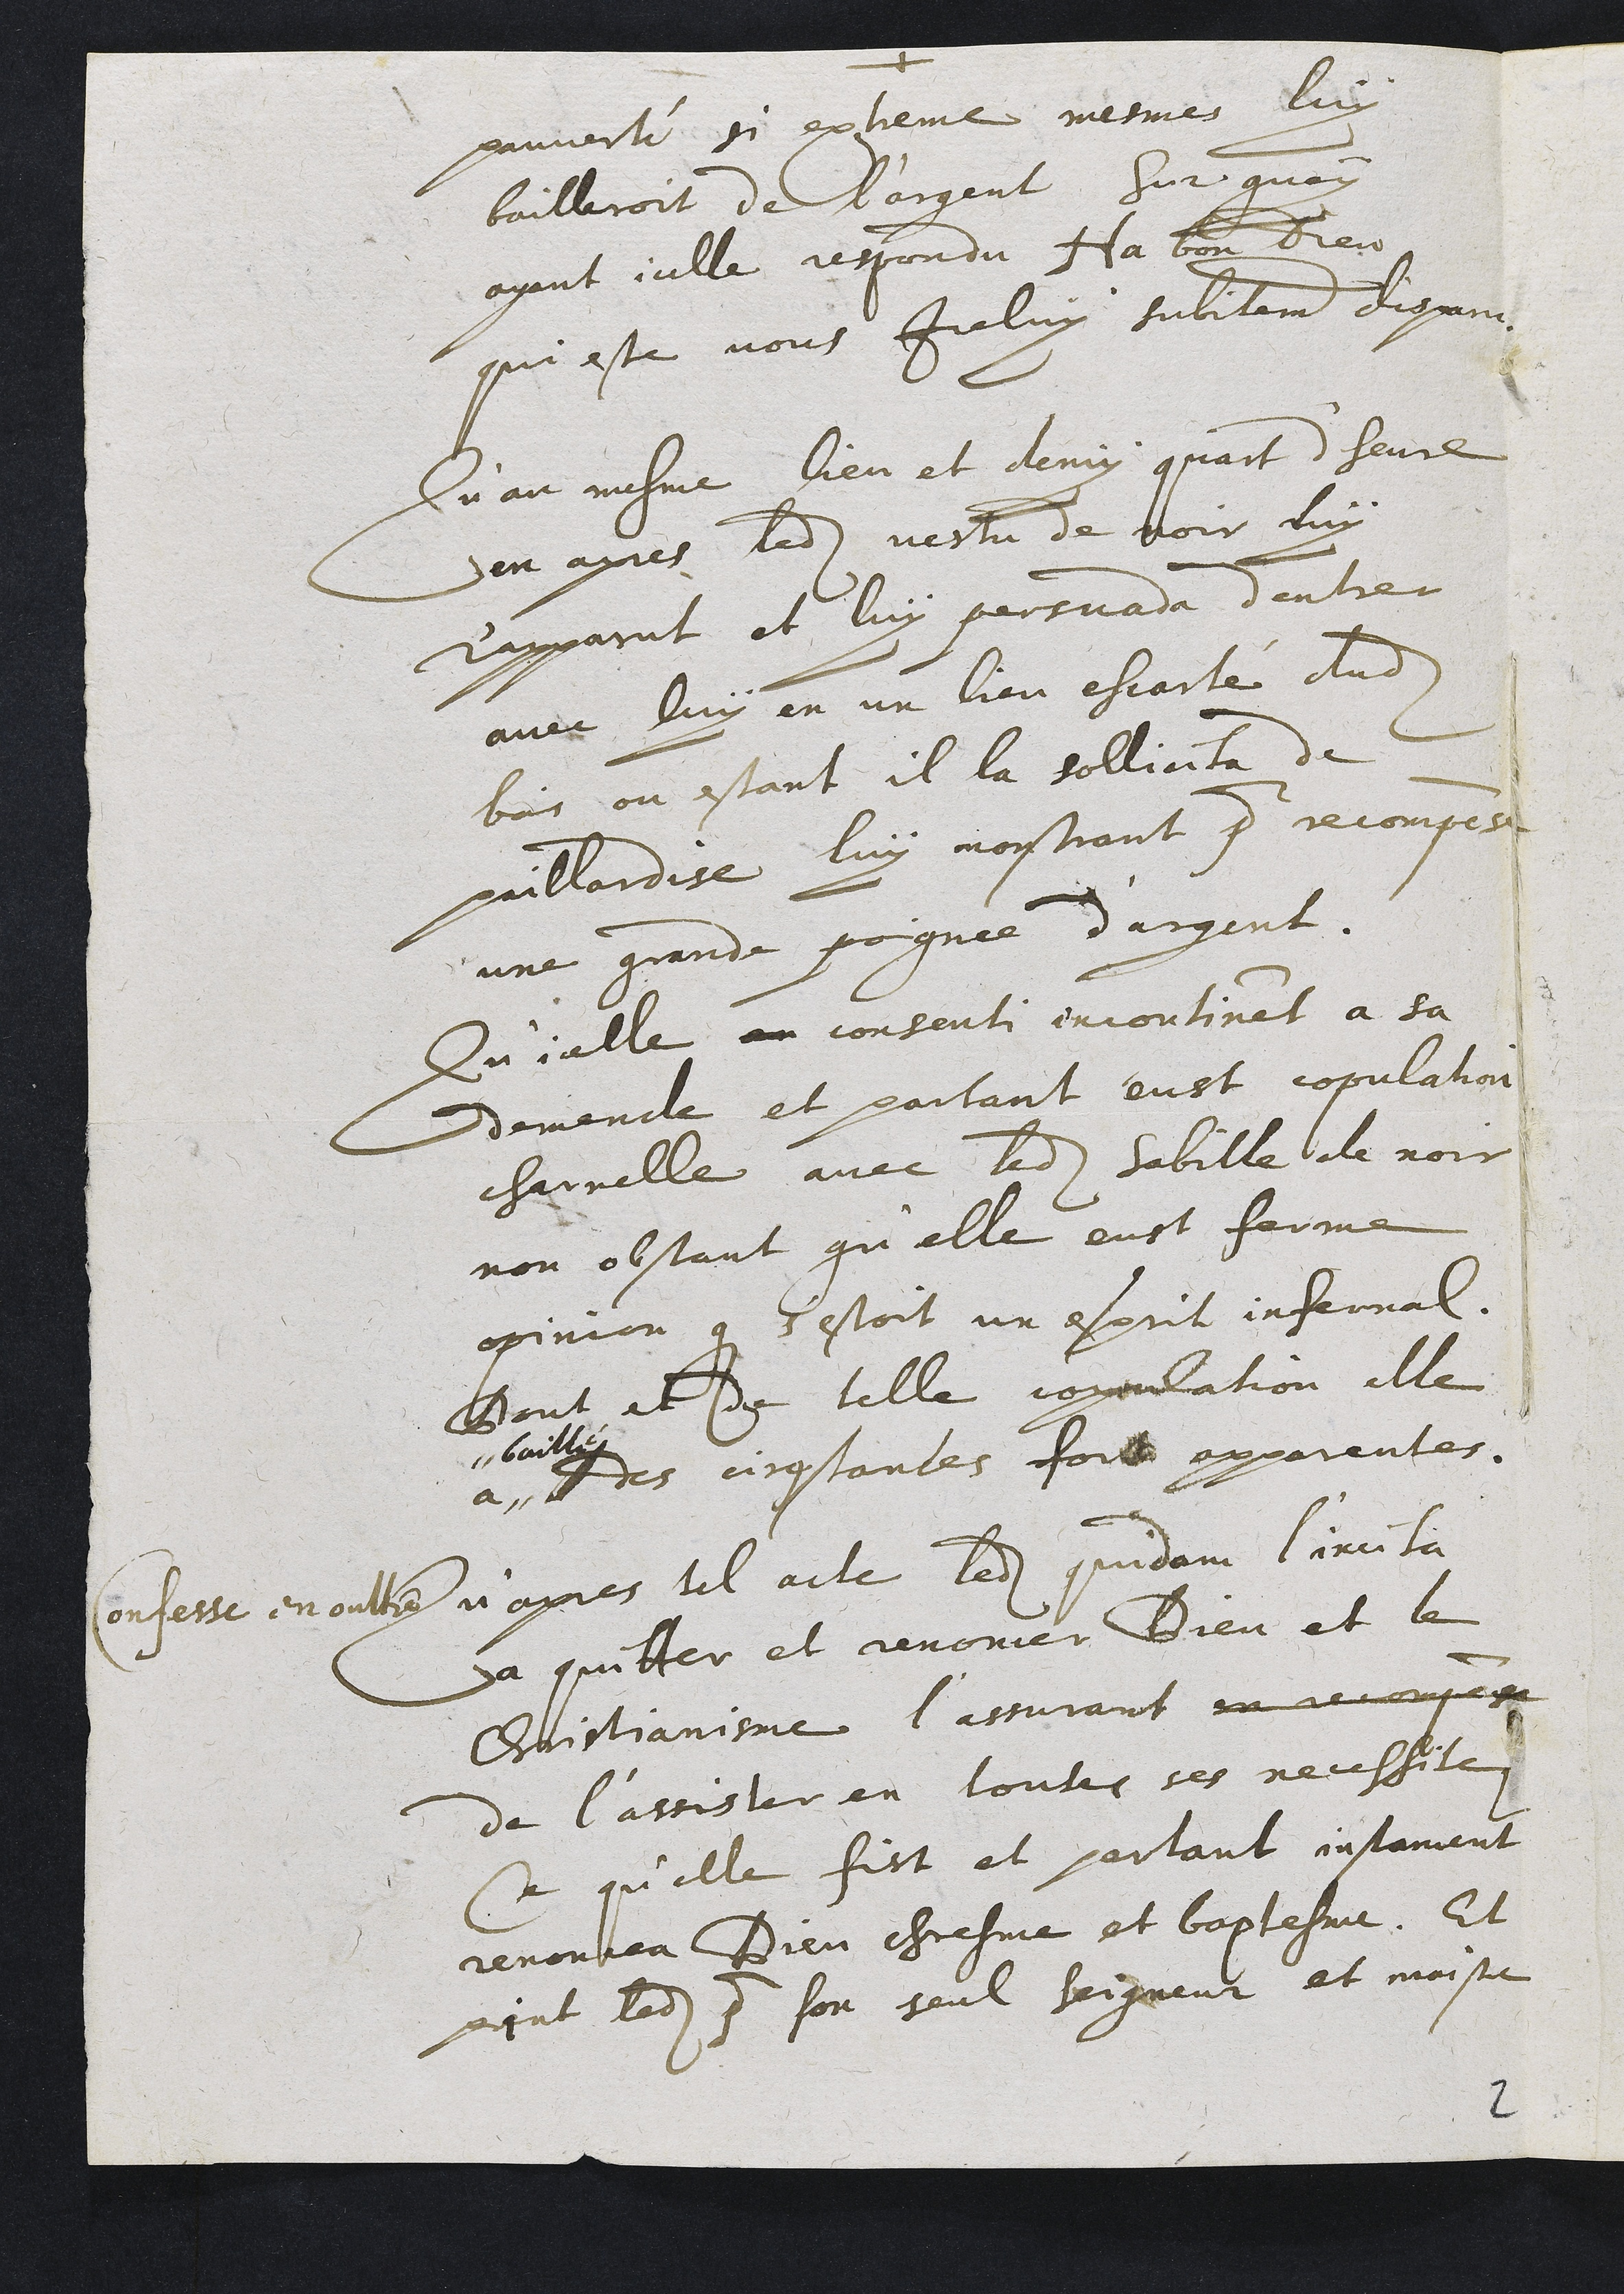
pauverté si extieme mesmes luy
bailleroit de l'argent Sur quoy
ayant icelle respondu Ha ban Dieu
qui este vous Iceluy subitement degan
Qu'au mesme lieu et demy quant d'heure
en apres ledit vestu de voir duy
rapparut et luy persuada d'entrer
avec luy en un lieu ehcarté dudit
bois ou estant il la sollicita de
paillardise luy nostrant pour recompes
une grande soignee d'argent.
Qu'icelle en consenti incontinent a sa
demende et partant eust copulation
charnelle avec ledit habille de noir
non obstant qu'elle eust ferme
opinion que s'estoit un esprit infermal.
Bout et de telle coppulation elle
a
baille
des circostantes fort apparentes.
Confesse enoulte napres tel acte ledit quidam l'incita
a quilter et renoncer Dieu et le
Chaistiansme l’assurant en rec ompase
de l'assister en toutes ses necessite
Ce qu'elle fist et partant instament
renoncea Dieu chresme et baptesme. Et
pint ledit pur son seul Seigneur et moistre